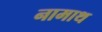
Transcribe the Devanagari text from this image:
नामाथ